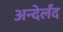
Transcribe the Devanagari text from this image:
अन्देर्लंद